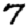
Digit: 7